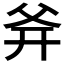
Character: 𤕑